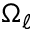
\Omega _ { \ell }